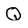
Character: Q